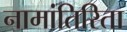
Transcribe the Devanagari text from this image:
नामांतिरिता